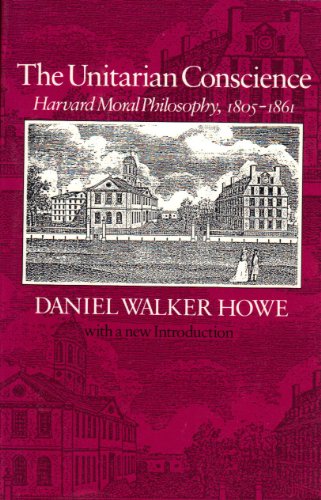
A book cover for The Unitarian Conscience: Harvard Moral Philosophy, 1805-1861; Daniel Walker Howe; Religion & Spirituality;